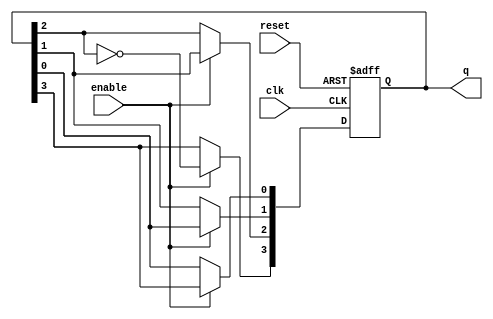
module johnson_counter (
    input wire clk,            // Clock input
    input wire reset,          // Asynchronous reset
    input wire enable,         // Enable signal
    output reg [3:0] q         // 4-bit output of the counter
);

    // Johnson Counter Logic
    always @(posedge clk or posedge reset) begin
        if (reset) begin
            q <= 4'b0000;       // Reset the counter to 0
        end else if (enable) begin
            // Johnson counter logic: Shift and invert the last bit
            q[3] <= ~q[2];      // Invert the last flip-flop output to the first
            q[2] <= q[1];       // Shift the current state
            q[1] <= q[0];       // Shift the current state
            q[0] <= q[3];       // Shift the current state
        end
    end

endmodule